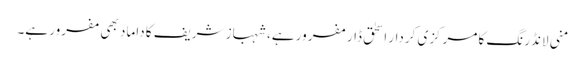
منی لانڈرنگ کا مرکزی کردار اسحٰق ڈار مفرور ہے، شہباز شریف کا داماد بھی مفرور ہے۔